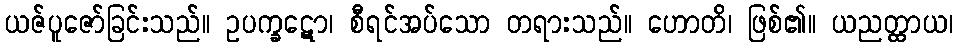
ယဇ်ပူဇော်ခြင်းသည်။ ဥပက္ခဋော၊ စီရင်အပ်သော တရားသည်။ ဟောတိ၊ ဖြစ်၏။ ယညတ္ထာယ၊